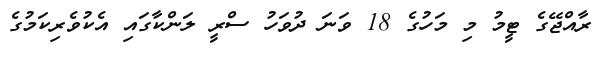
ރާއްޖޭގެ ޓީމު މި މަހުގެ 18 ވަނަ ދުވަހު ސްރީ ލަންކާގައި އެކުވެރިކަމުގެ